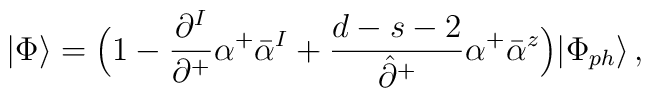
|\Phi\rangle=\Bigl(1-\frac{\partial^I}{\partial^+}\alpha^+\bar{\alpha}^I+\frac{d-s-2}{\hat{\partial}^+}\alpha^+\bar{\alpha}^z\Bigr)|\Phi_{ph}\rangle\,,